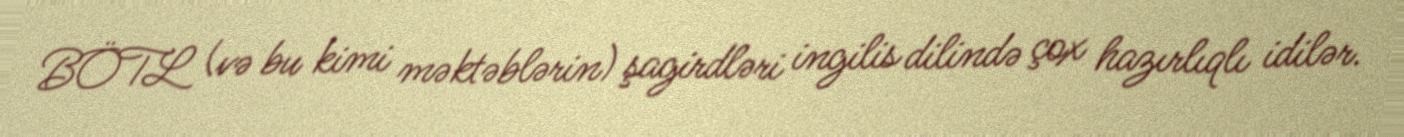
BÖTL (və bu kimi məktəblərin) şagirdləri ingilis dilində çox hazırlıqlı idilər.